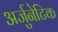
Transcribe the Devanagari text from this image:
अर्जुनेटिक